Scientific memoirs by medical officers of the Army of India - Part IX,
Year: 1895
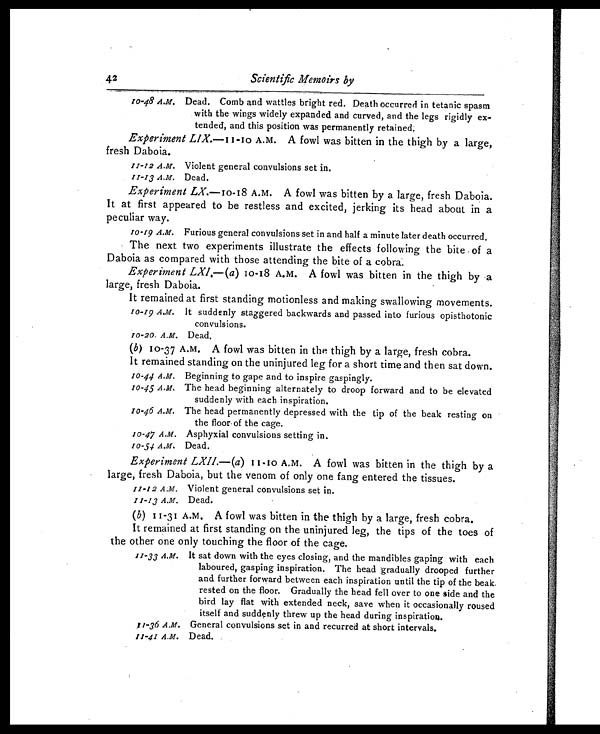
Scientific Memoirs by
10-48 A.M. Dead. Comb and wattles bright red. Death occurred in tetanic spasm
with the wings widely expanded and curved, and the legs rigidly ex-
-tended, and this position was permanently retained.
Experiment LIX. —11-10 A.M.A fowl was bitten in the thigh by a large,
fresh Daboia.
11-12 A.M. Violent general convulsions set in.
11-13 A.M. Dead.
Experiment LX. —10-18 A.M. A fowl was bitten by a large, fresh Daboia.
It at first appeared to be restless and excited, jerking its head about in a
peculiar way.
10-19 A.M. Furious general convulsions set in and half a minute later death occurred.
The next two experiments illustrate the effects following the bite of a
Daboia as compared with those attending the bite of a cobra.
Experiment LXI.—(a) 10-18 A.M. A fowl was bitten in the thigh by a
large, fresh Daboia.
It remained at first standing motionless and making swallowing movements.
10-19 A.M. It suddenly staggered backwards and passed into furious opisthotonic
convulsions.
10-20. A.M. Dead.
( b ) 10-37 A.M. A fowl was bitten in the thigh by a large, fresh cobra.
It remained standing on the uninjured leg for a short time and then sat down.
10-44 A.M. Beginning to gape and to inspire gaspingly.
10-43 A.M. The head beginning alternately to droop forward and to be elevated
suddenly with each inspiration.
10-46 A.M. The head permanently depressed with the tip of the beak resting on
the floor of the cage.
10-47 A.M. Asphyxial convulsions setting in.
10-54 A.M. Dead.
Experiment LXII. —(a) 11-10 A.M. A fowl was bitten in the thigh by a
large, fresh Daboia, but the venom of only one fang entered the tissues.
11-12 A.M. Violent general convulsions set in.
11-13 A.M. Dead.
( b ) 11-31 A.M. A fowl was bitten in the thigh by a large, fresh cobra.
It remained at first standing on the uninjured leg, the tips of the toes of
the other one only touching the floor of the cage.
11-33 A.M. It sat down with the eyes closing, and the mandibles gaping with each
laboured, gasping inspiration. The head gradually drooped further
and further forward between each inspiration until the tip of the beak.
rested on the floor. Gradually the head fell over to one side and the
bird lay flat with extended neck, save when it occasionally roused
itself and suddenly threw up the head during inspiration.
11-36 A.M. General convulsions set in and recurred at short intervals.
11-41 A.M. Dead.